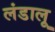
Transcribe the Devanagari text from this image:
लंडालू